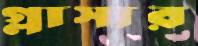
গ্লাসার